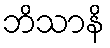
ဘိသာနိ